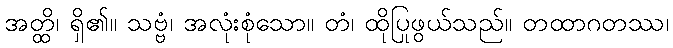
အတ္ထိ၊ ရှိ၏။ သဗ္ဗံ၊ အလုံးစုံသော။ တံ၊ ထိုပြုဖွယ်သည်။ တထာဂတဿ၊